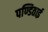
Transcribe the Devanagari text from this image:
पण्डिताई